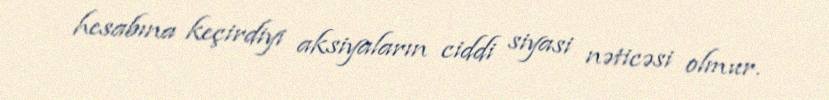
hesabına keçirdiyi aksiyaların ciddi siyasi nəticəsi olmur.